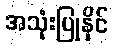
အသုံးပြုနိုင်